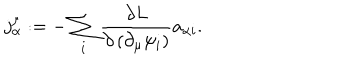
j _ { \alpha } ^ { \mu } : = - \sum _ { i } \frac { \partial L } { \partial \left( \partial _ { \mu } \psi _ { i } \right) } a _ { \alpha i } .